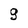
Character: g